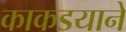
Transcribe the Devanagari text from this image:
काकडयाने